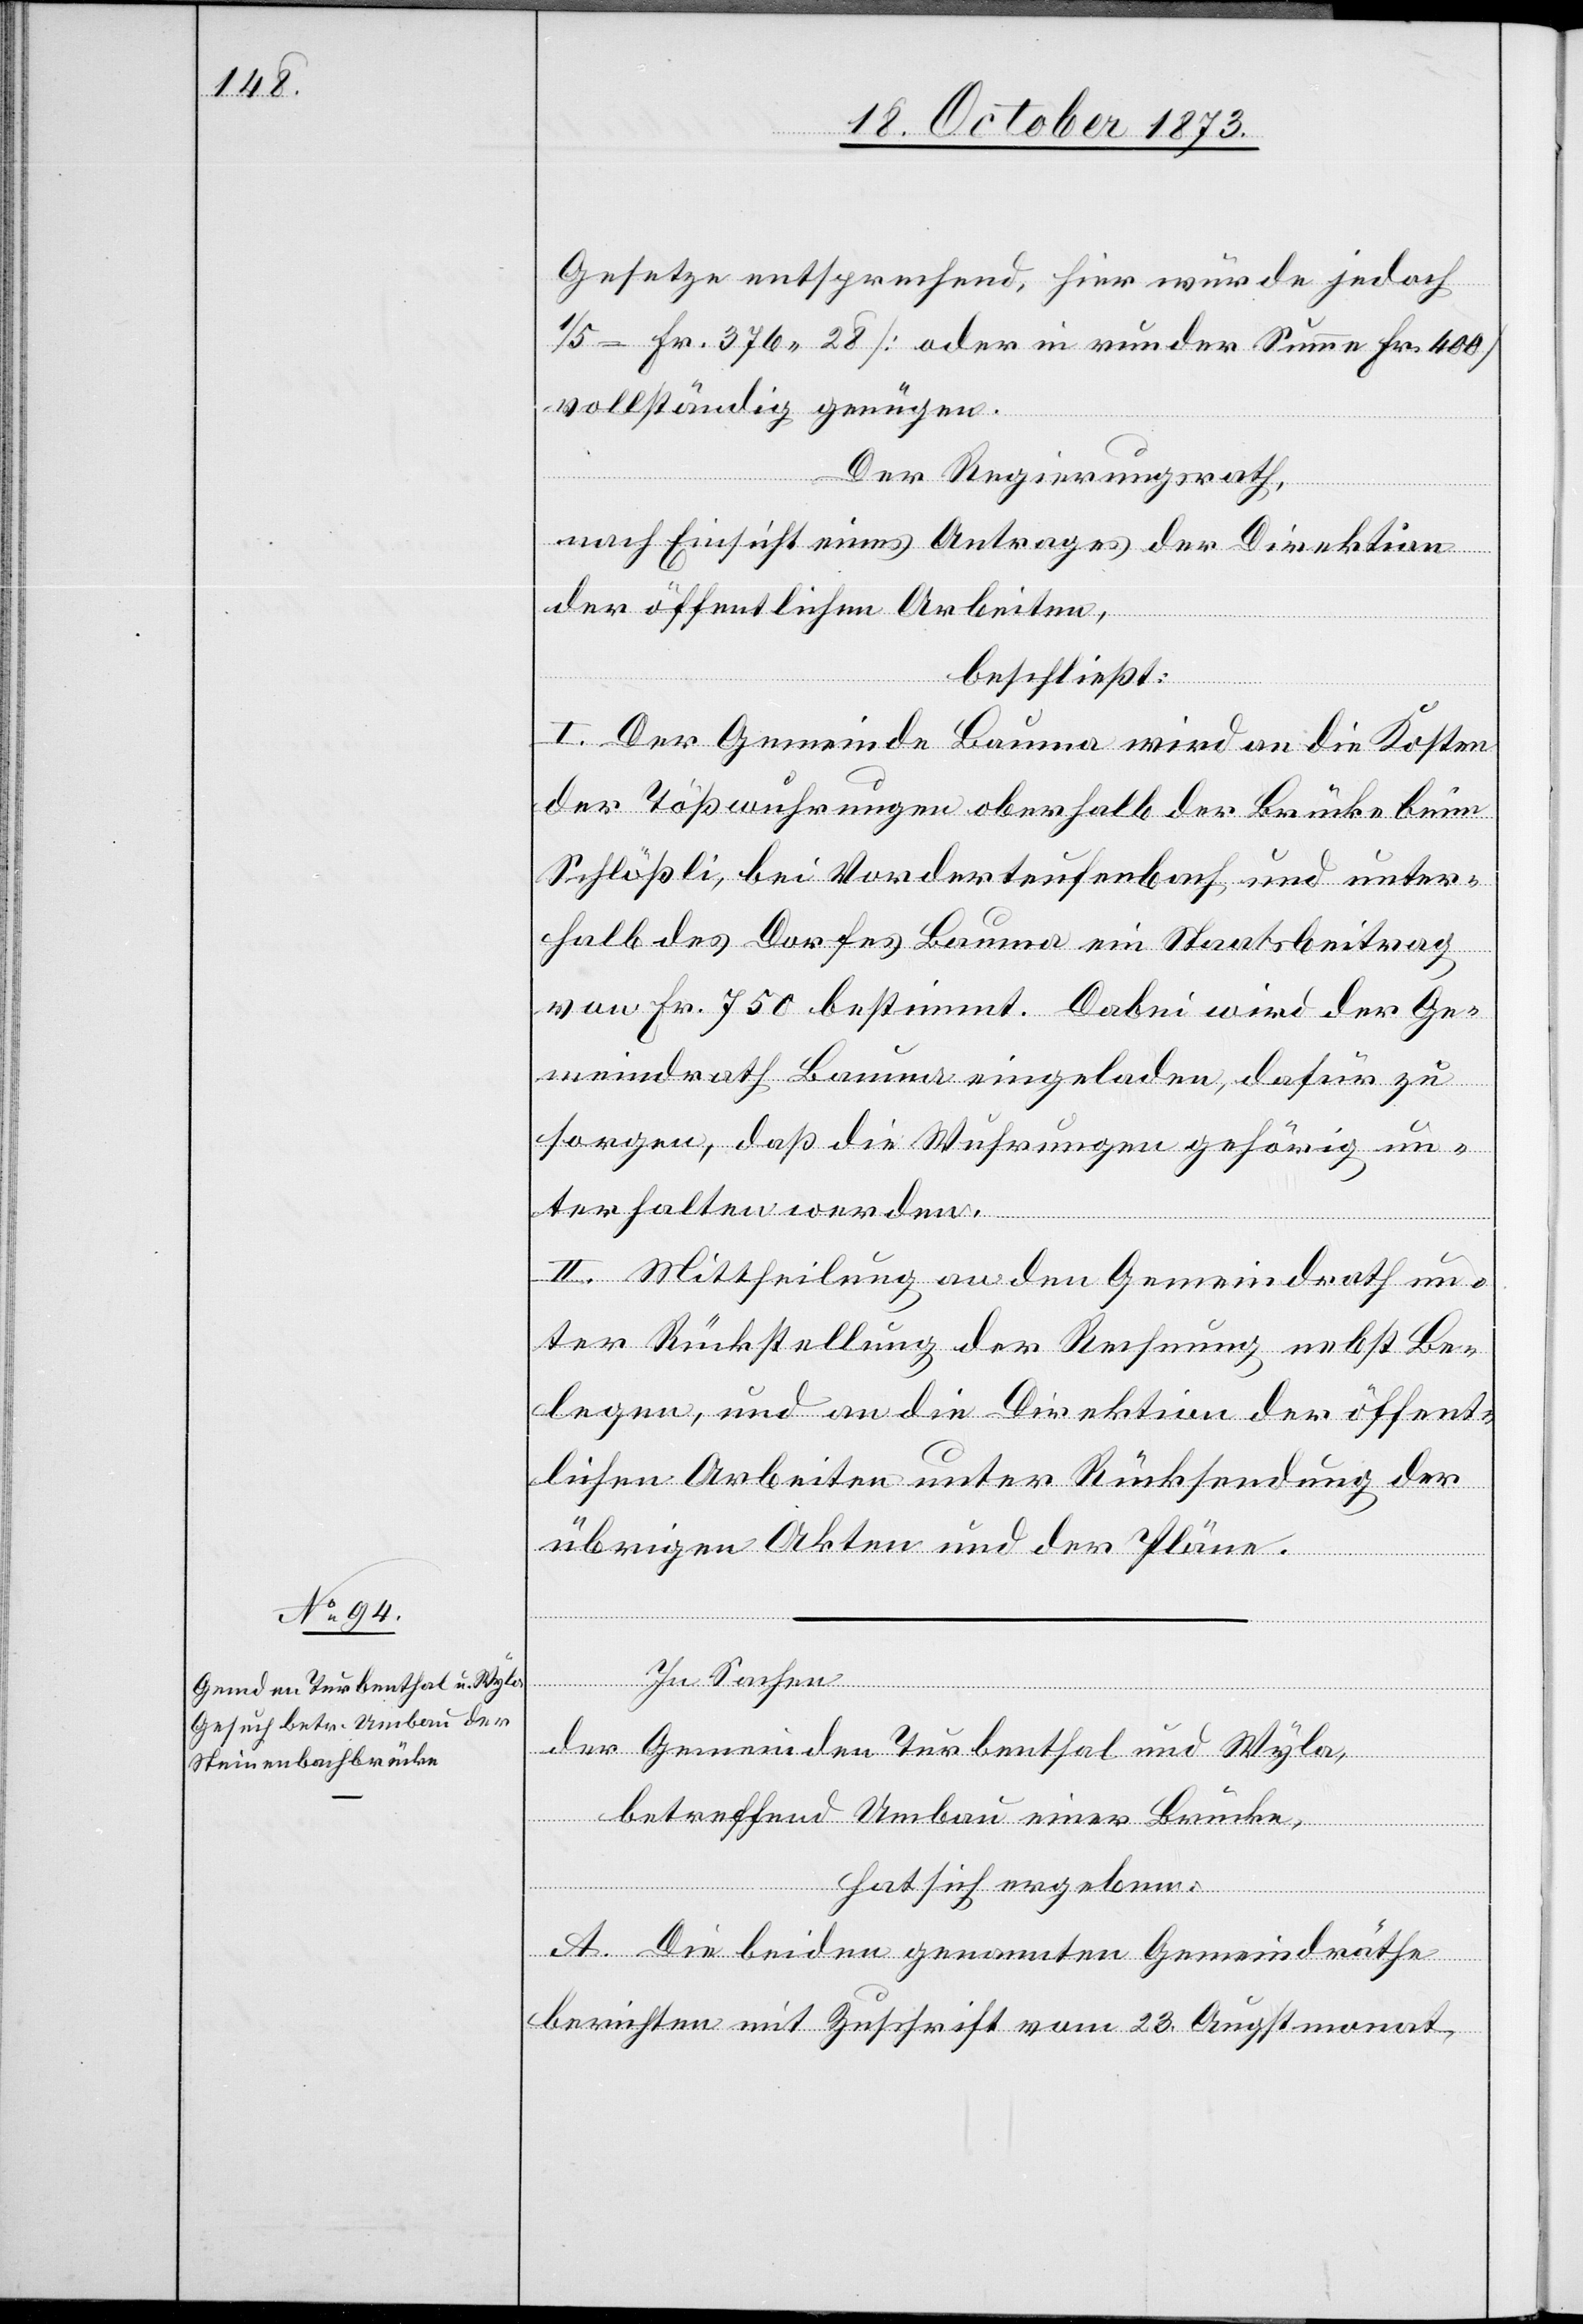
In Sachen
der Gemeinden Turbenthal und Wyla,
betreffend Umbau einer Brücke,
hat sich ergeben:
A. Die beiden genannten Gemeindräthe
berichten mit Zuschrift vom 23. Augstmonat